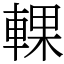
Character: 輠